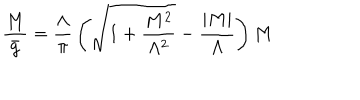
{ \frac { M } { { \bar { g } } } } = { \frac { \Lambda } { \pi } } \left( { \sqrt { 1 + { \frac { M ^ { 2 } } { \Lambda ^ { 2 } } } } } - { \frac { \vert M \vert } { \Lambda } } \right) M